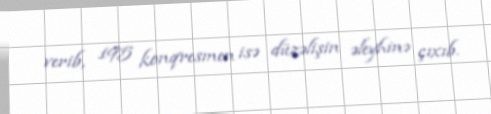
verib, 195 konqresmen isə düzəlişin əleyhinə çıxıb.